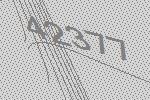
42377